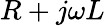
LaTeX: R+j\omega L